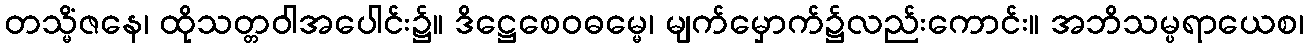
တသ္မိံဇနေ၊ ထိုသတ္တဝါအပေါင်း၌။ ဒိဋ္ဌေစေဝဓမ္မေ၊ မျက်မှောက်၌လည်းကောင်း။ အဘိသမ္ပရာယေစ၊